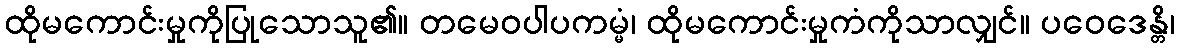
ထိုမကောင်းမှုကိုပြုသောသူ၏။ တမေဝပါပကမ္မံ၊ ထိုမကောင်းမှုကံကိုသာလျှင်။ ပဝေဒေန္တိ၊